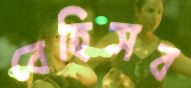
বেহিসব